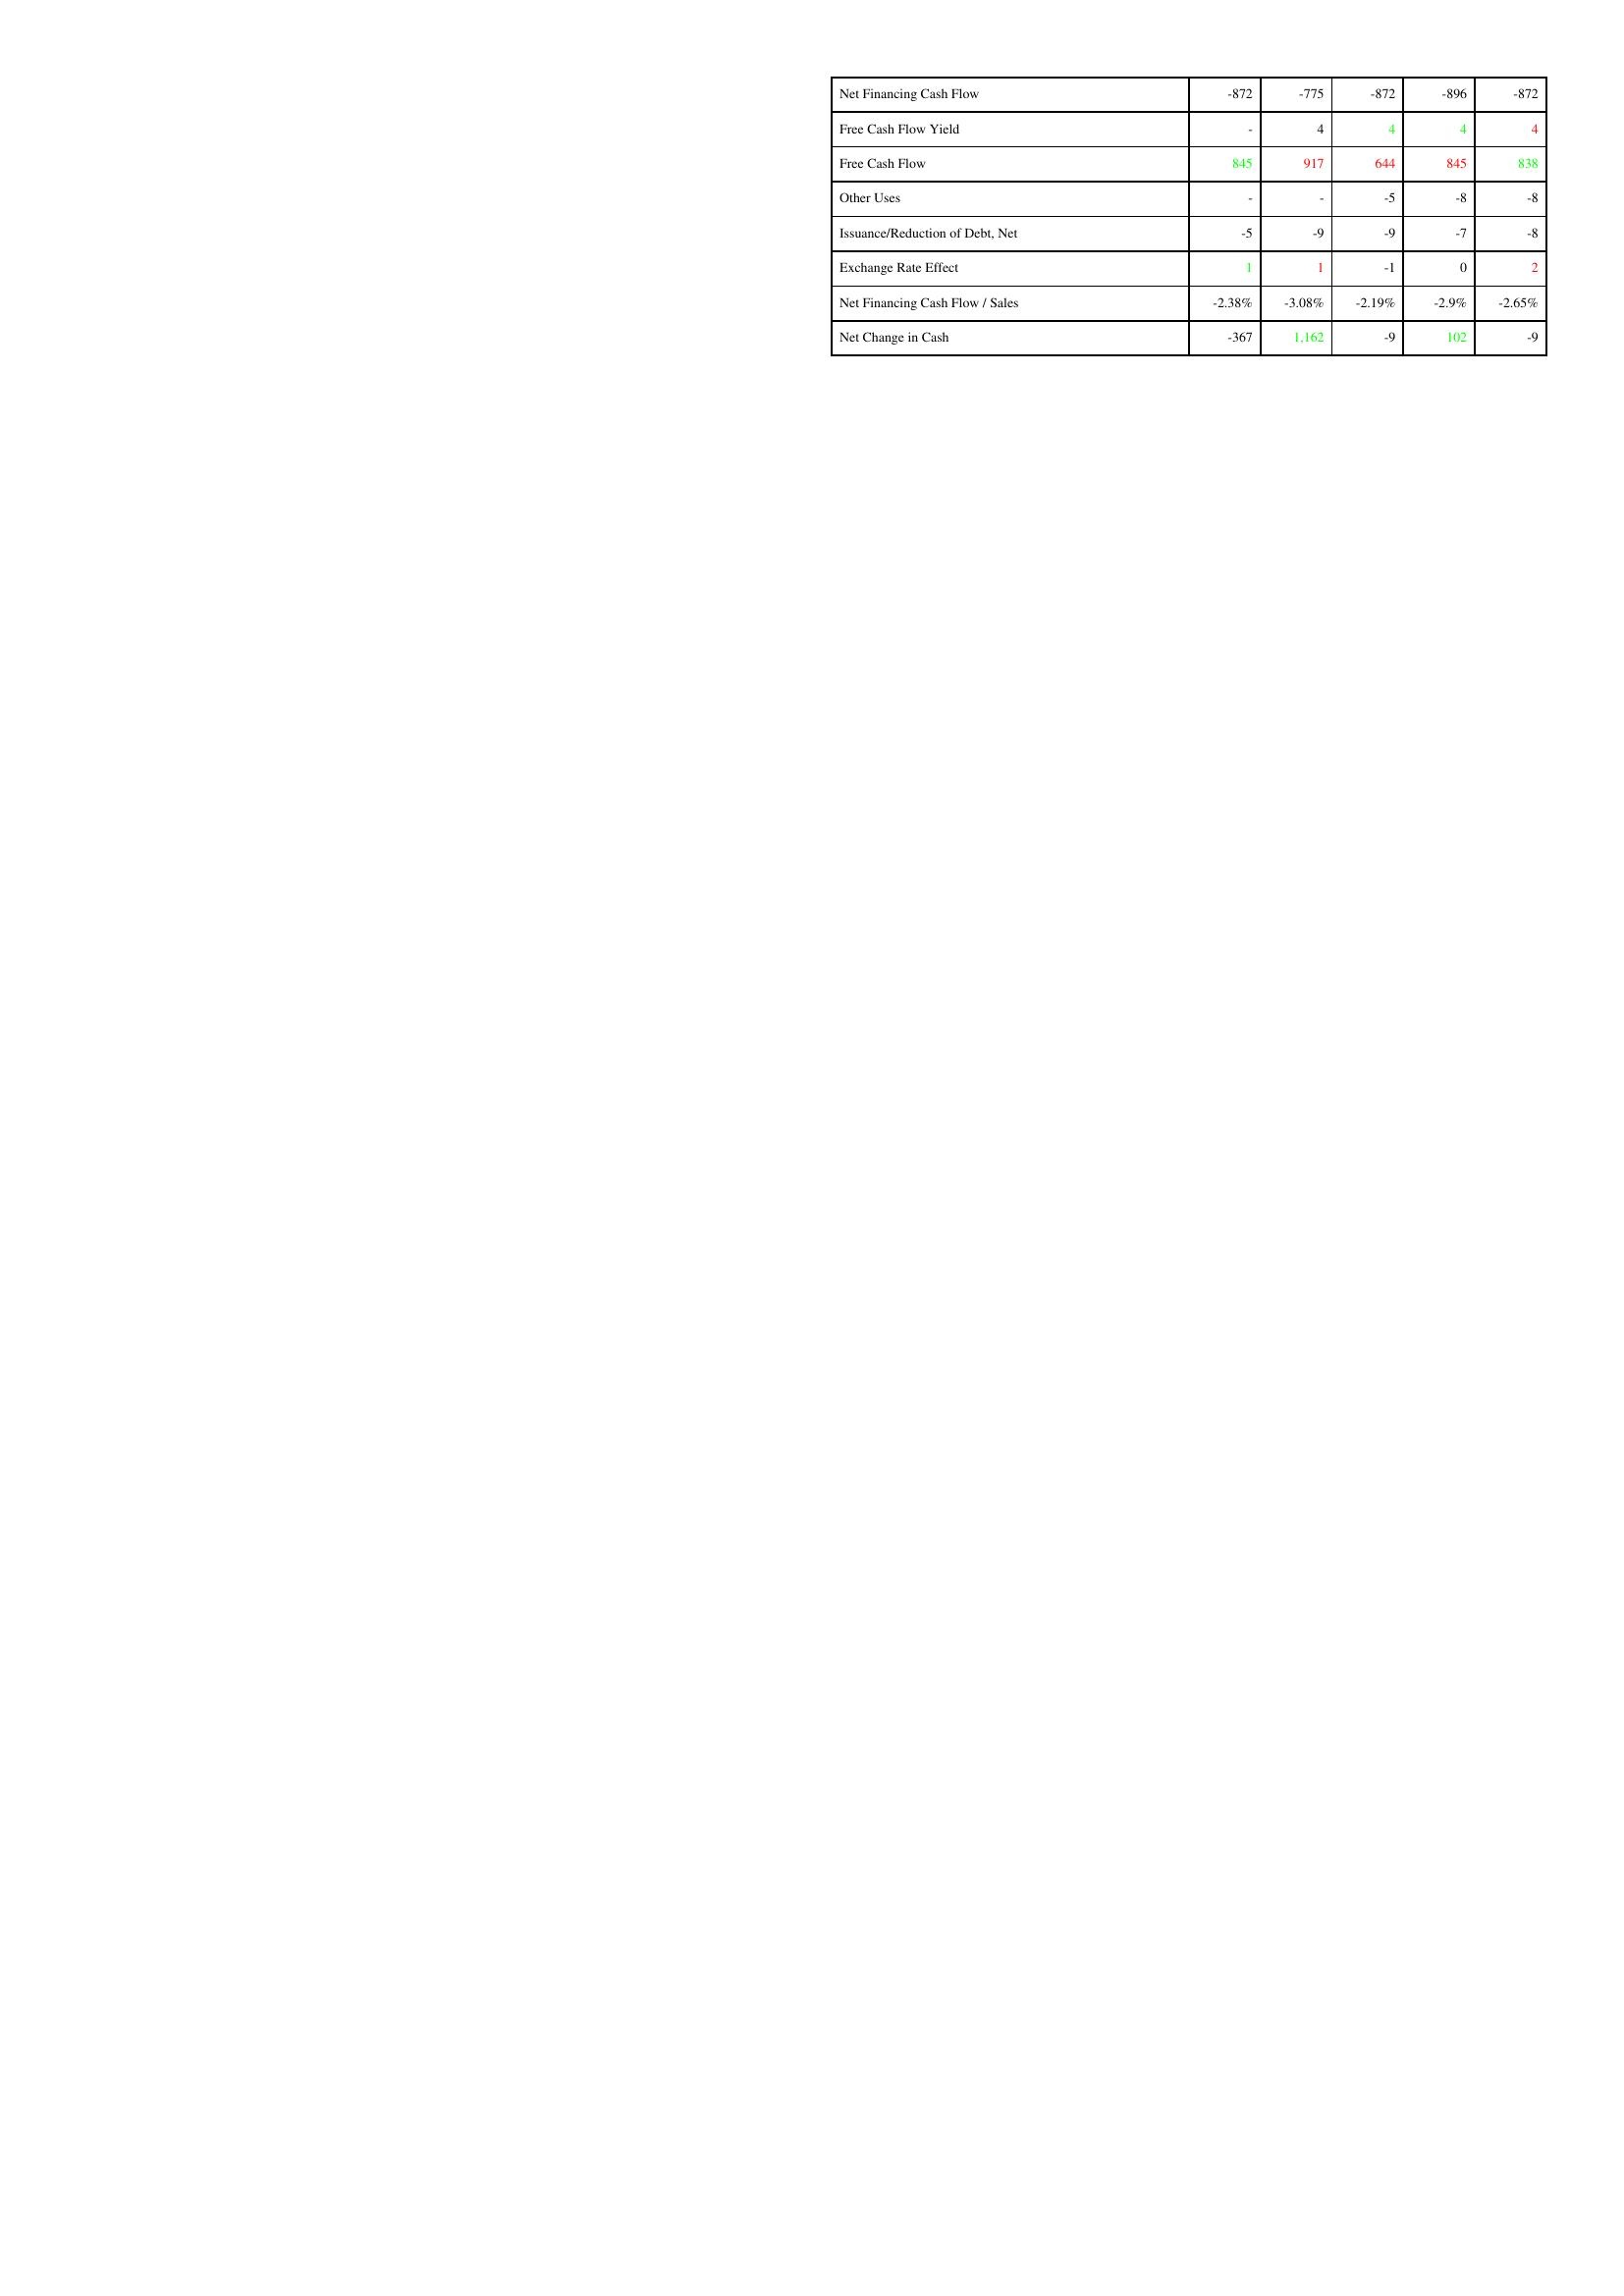
gt_parse: 2004: Financing Activities: Net Financing Cash Flow: -872
Free Cash Flow Yield: -
Free Cash Flow: 845
Other Uses: -
Issuance/Reduction of Debt, Net: -5
Exchange Rate Effect: 1
Net Financing Cash Flow / Sales: -2.38%
Net Change in Cash: -367
2003: Financing Activities: Net Financing Cash Flow: -775
Free Cash Flow Yield: 4
Free Cash Flow: 917
Other Uses: -
Issuance/Reduction of Debt, Net: -9
Exchange Rate Effect: 1
Net Financing Cash Flow / Sales: -3.08%
Net Change in Cash: 1,162
2002: Financing Activities: Net Financing Cash Flow: -872
Free Cash Flow Yield: 4
Free Cash Flow: 644
Other Uses: -5
Issuance/Reduction of Debt, Net: -9
Exchange Rate Effect: -1
Net Financing Cash Flow / Sales: -2.19%
Net Change in Cash: -9
2001: Financing Activities: Net Financing Cash Flow: -896
Free Cash Flow Yield: 4
Free Cash Flow: 845
Other Uses: -8
Issuance/Reduction of Debt, Net: -7
Exchange Rate Effect: 0
Net Financing Cash Flow / Sales: -2.9%
Net Change in Cash: 102
2000: Financing Activities: Net Financing Cash Flow: -872
Free Cash Flow Yield: 4
Free Cash Flow: 838
Other Uses: -8
Issuance/Reduction of Debt, Net: -8
Exchange Rate Effect: 2
Net Financing Cash Flow / Sales: -2.65%
Net Change in Cash: -9